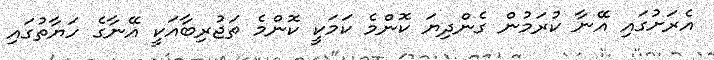
އެރަށުގައި އޭނާ ކުރަމުން ގެންދިޔަ ކޮންމެ ކަމަކީ ކޮންމެ ތަޖުރިބާއަކީ އޭނާގެ ހަޔާތުގައި